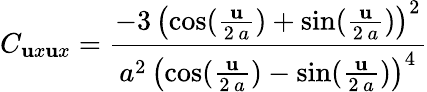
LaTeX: C_{\mathbf{u}x\mathbf{u}x}={\frac{{-3\, {{\left(\cos({\frac{{\mathbf{u}}}{{2\, a}}})+\sin({\frac{{\mathbf{u}}}{{2\, a}}})\right)}^{2}}}}{{{a^{2}}\, {{\left(\cos({\frac{{\mathbf{u}}}{{2\, a}}})-\sin({\frac{{\mathbf{u}}}{{2\, a}}})\right)}^{4}}}}}